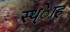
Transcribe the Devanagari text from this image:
स्थ्ेाह